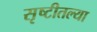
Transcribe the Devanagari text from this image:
सृष्टीतल्या